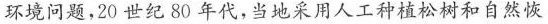
环境问题，20世纪80年代，当地采用人工种植松树和自然恢